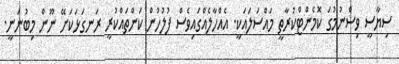
ސިޔާސީ ވިސްނުމުގަ ކޮމެންޓްކުރާތީ މައްސަލައަކީ. އެއްހާލެއްގައިވެސް ފުލުހުން ކަންތައްކުރީ ރަނގަޅަކަށޭ ނޫން މިބުނަނީ.